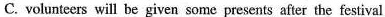
C. volunteers will be given some presents after the festival